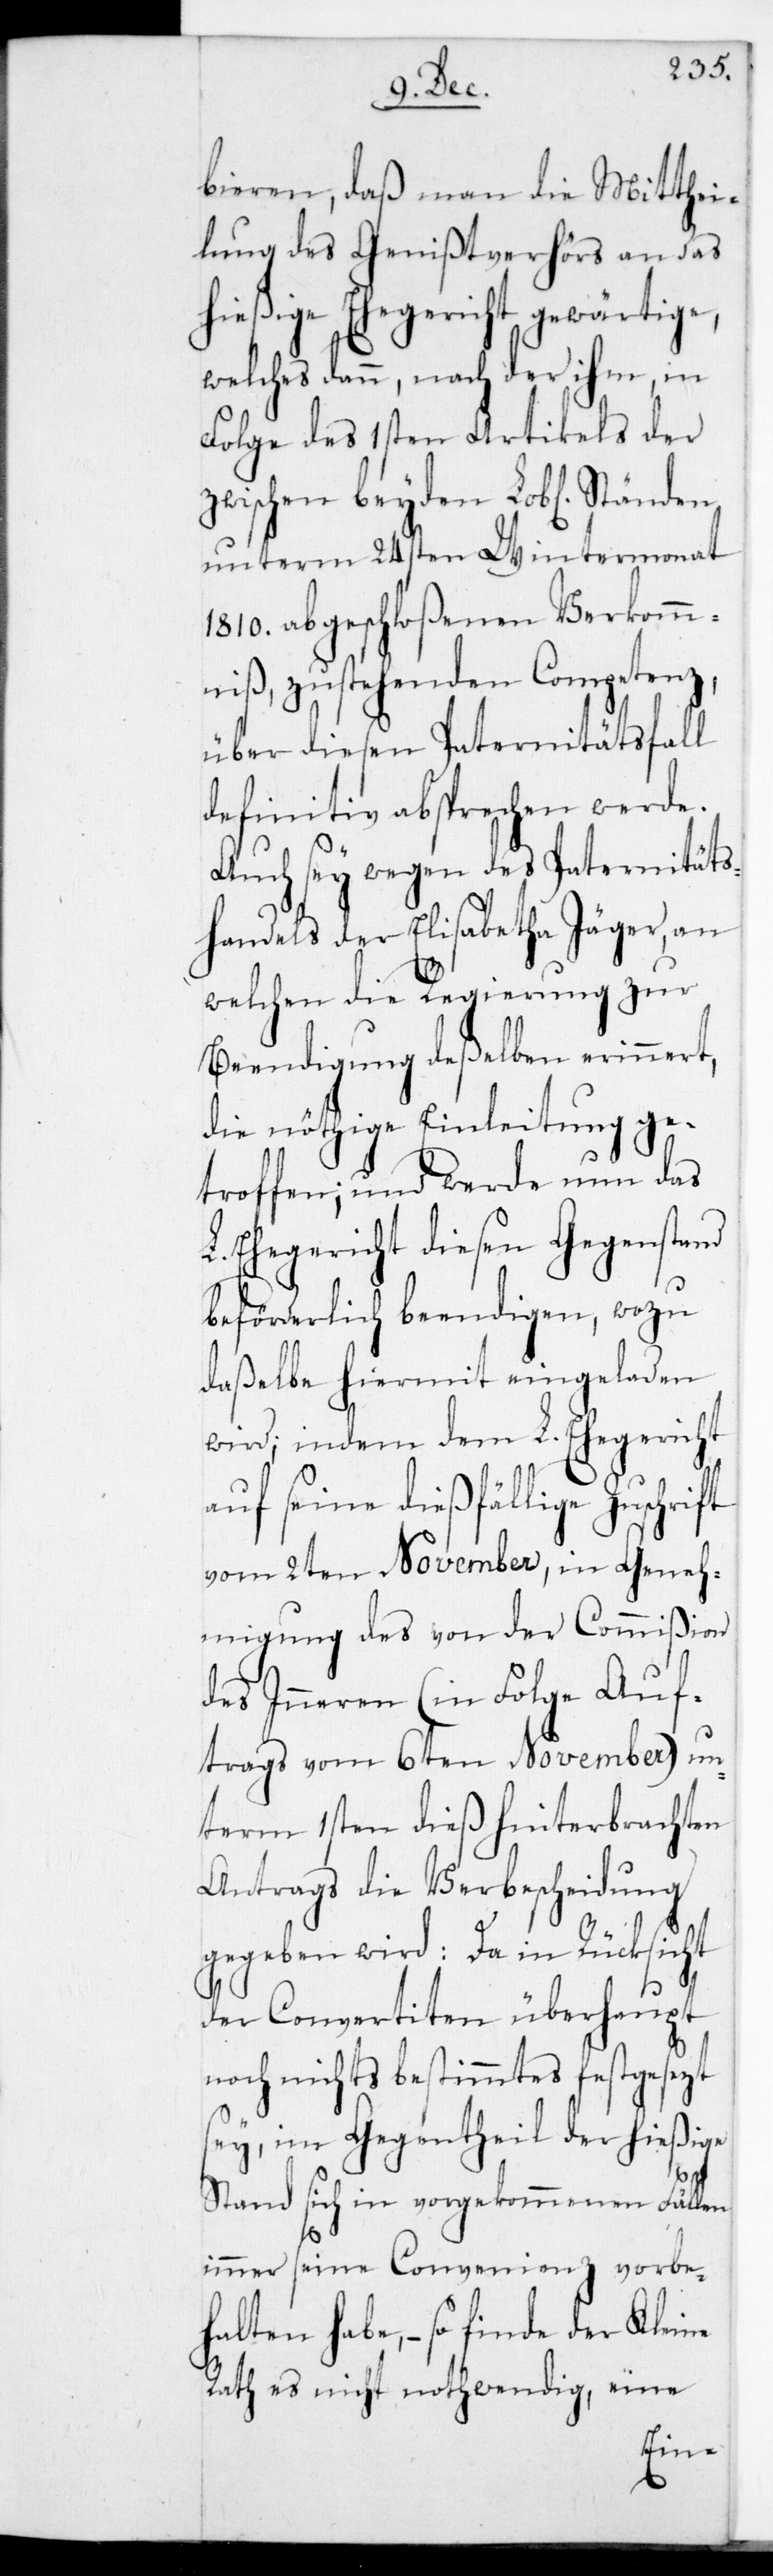
bieren, daß man die Mitthe¬
ilung des Genißtverhörs an das
hießige Ehegericht gewärtige,
welches dann, nach der ihm in
Folge des 1sten Artikels der
zwischen beyden L. Ständen
unterm 24sten Wintermonat
1810. abgeschloßenen Verkomm¬
niß, zustehenden Competenz,
über diesen Paternitätsfall
definitiv absprechen werde.
Auch sei wegen des Paternitäts¬
handels der Elisabetha Jäger, an
welchen die Regierung zur
Beendigung deßelben erinnert,
die nöthige Einleitung ge¬
troffen; und werde nun das
L. Ehegericht diesen Gegenstand
beförderlich beendigen, wozu
daßelbe hiermit eingeladen
wird; indem dem L. Ehegericht
auf seine dießfällige Zuschrift
vom 2ten November, in Geneh¬
migung des von der Commißion
des Inneren (in Folge Auf¬
trags vom 6ten November) un¬
term 1sten dieß hinterbrachten
Antrags die Verbescheidung
gegeben wird: Da in Rücksicht
der Convertiten überhaupt
noch nichts Bestimmtes festgesetzt
sey, im Gegentheil der hießige
Stand sich in vorgekommenen Fällen
immer seine Convenienz vorbe¬
halten habe, – so finde der Kleine
Rath es nicht nothwendig, eine